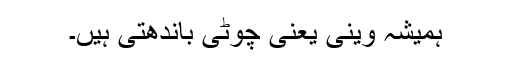
ہمیشہ وینی یعنی چوٹی باندھتی ہیں۔